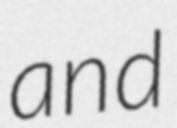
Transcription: and